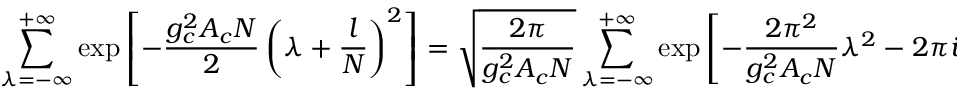
\displaystyle { \sum _ { \lambda = - \infty } ^ { + \infty } \exp \left[ - { \frac { g _ { c } ^ { 2 } A _ { c } N } { 2 } } \left( \lambda + \frac { l } { N } \right) ^ { 2 } \right] = \sqrt { \frac { 2 \pi } { g _ { c } ^ { 2 } A _ { c } N } } \sum _ { \lambda = - \infty } ^ { + \infty } \exp \left[ - \frac { 2 \pi ^ { 2 } } { g _ { c } ^ { 2 } A _ { c } N } \lambda ^ { 2 } - 2 \pi i \lambda \frac { l } { N } \right] } .